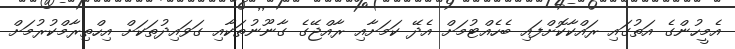
އެމީހުންގެ އަތުގައި ރައްކާކޮށްފައި ބެހެއްޓުމަށް އެދޭ ކަމަށާއި ރާއްޖޭގެ ގާނޫނުތަކާއި ގަވައިދުތަކަށް އިހްތިރާމްކުރުމަށް